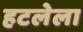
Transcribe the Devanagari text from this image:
हटलेला